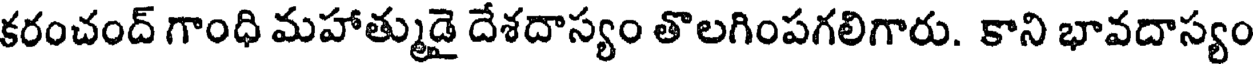
కరంచంద్ గాంధి మహాత్ముడై దేశదాస్యం తొలగింపగలిగారు. కాని భావదాస్యం